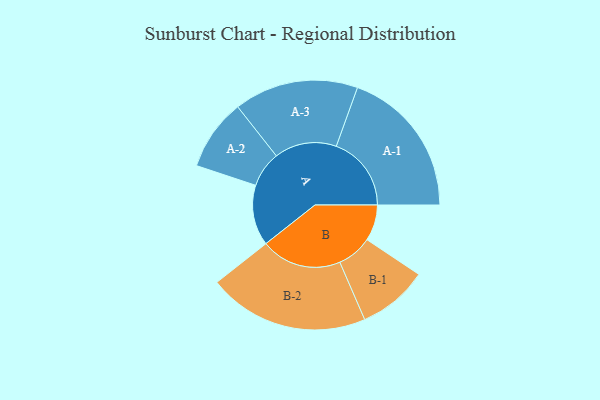
{"axis": {"x": "Segment", "y": "Value"}, "legend": ["", "A", "B"], "data": [{"x": "A", "y": 188, "type": ""}, {"x": "B", "y": 112, "type": ""}, {"x": "A-1", "y": 233, "type": "A"}, {"x": "A-2", "y": 111, "type": "A"}, {"x": "A-3", "y": 193, "type": "A"}, {"x": "B-1", "y": 109, "type": "B"}, {"x": "B-2", "y": 250, "type": "B"}]}